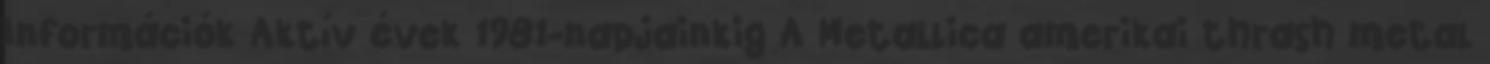
Információk Aktív évek 1981-napjainkig A Metallica amerikai thrash metal